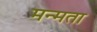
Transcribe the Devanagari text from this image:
मन्मता